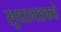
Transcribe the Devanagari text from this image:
सुधागडकडे